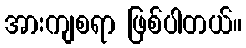
အားကျစရာ ဖြစ်ပါတယ်။